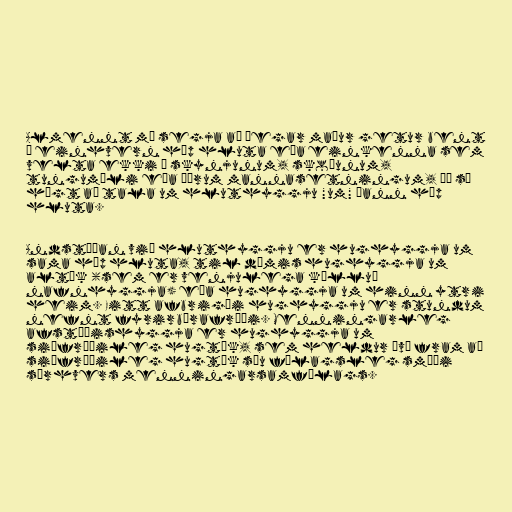
Almennt má segja að þegar maður getur bent
á einhvern hóp hluta eða einkenna sem
velta ekki á skynjunum, skoðunum,
tungumáli eða öðrum mannasetningum, þá sé
hægt að tala um hluthyggju "um" þann hóp
hluta.

Andstæðan við hluthyggju er hughyggja um
sama hóp hluta, til dæmis hughyggja um
altök (sem er venjulega kölluð
nafnhyggja) eða hughyggja um hinn ytri
heim. Eitt afbrigði hughyggju er stundum
nefnt fyrirbærafræði. Menningarleg
afstæðishyggja er hughyggja um
siðfræðileg hugtök, sem heldur því fram að
siðfræðileg hugtök séu félagsleg smíði
sérhvers menningarsamfélags.